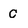
Character: c